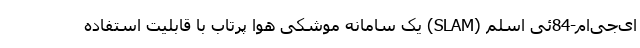
ای‌جی‌ام-84ئی اسلم (SLAM) یک سامانه موشکی هوا پرتاب با قابلیت استفاده